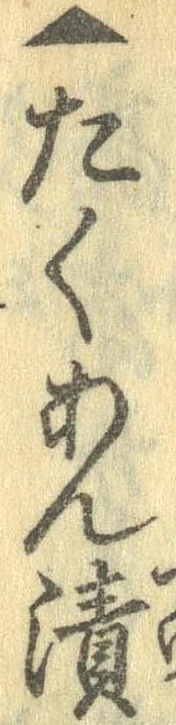
▲たくあん漬